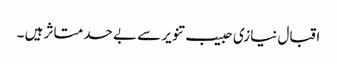
اقبال نیازی حبیب تنویر سے بے حد متاثر ہیں ۔